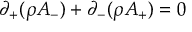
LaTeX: \partial _ { + } ( \rho A _ { - } ) + \partial _ { - } ( \rho A _ { + } ) = 0